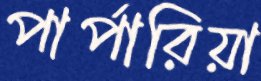
পার্পারিয়া